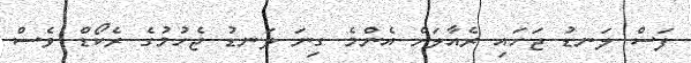
ފަސް ލަނޑު ޖަހައި ރެއާލަށް އެންމެ ގިނަ ލަނޑު ޖެހުމުގެ ރެކޯޑް ވެސް